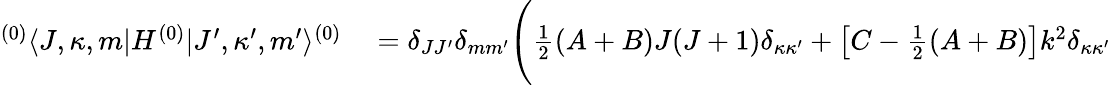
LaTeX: \begin{array}{rl}{{}^{(0)}\langle J,\kappa,m|H^{(0)}|J^{\prime},\kappa^{\prime},m^{\prime}\rangle^{(0)}}&{{}=\delta_{JJ^{\prime}}\delta_{mm^{\prime}}\Bigg(\frac{1}{2}(A+B)J(J+1)\delta_{\kappa\kappa^{\prime}}+\left[C-\frac{1}{2}(A+B)\right]k^{2}\delta_{\kappa\kappa^{\prime}}}\end{array}